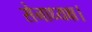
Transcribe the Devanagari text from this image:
सेनाध्यक्ष।